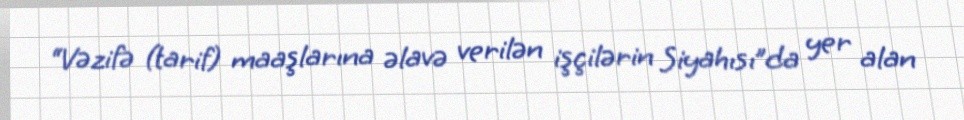
“Vəzifə (tarif) maaşlarına əlavə verilən işçilərin Siyahısı”da yer alan